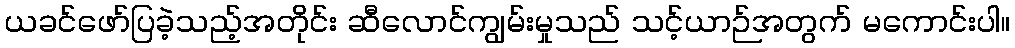
ယခင်ဖော်ပြခဲ့သည့်အတိုင်း ဆီလောင်ကျွမ်းမှုသည် သင့်ယာဉ်အတွက် မကောင်းပါ။